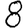
Digit: 8